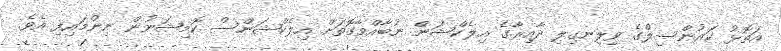
އަތޮޅު ކައުންސިލްގެ ވިލިނގިލި ދާއިރާގެ އިލެކްޝަން ނުބާއްވާގޮތަށް އިލެކްޝަންސް ކޮމިޝަނުން ނިންމައިފި އެވެ.